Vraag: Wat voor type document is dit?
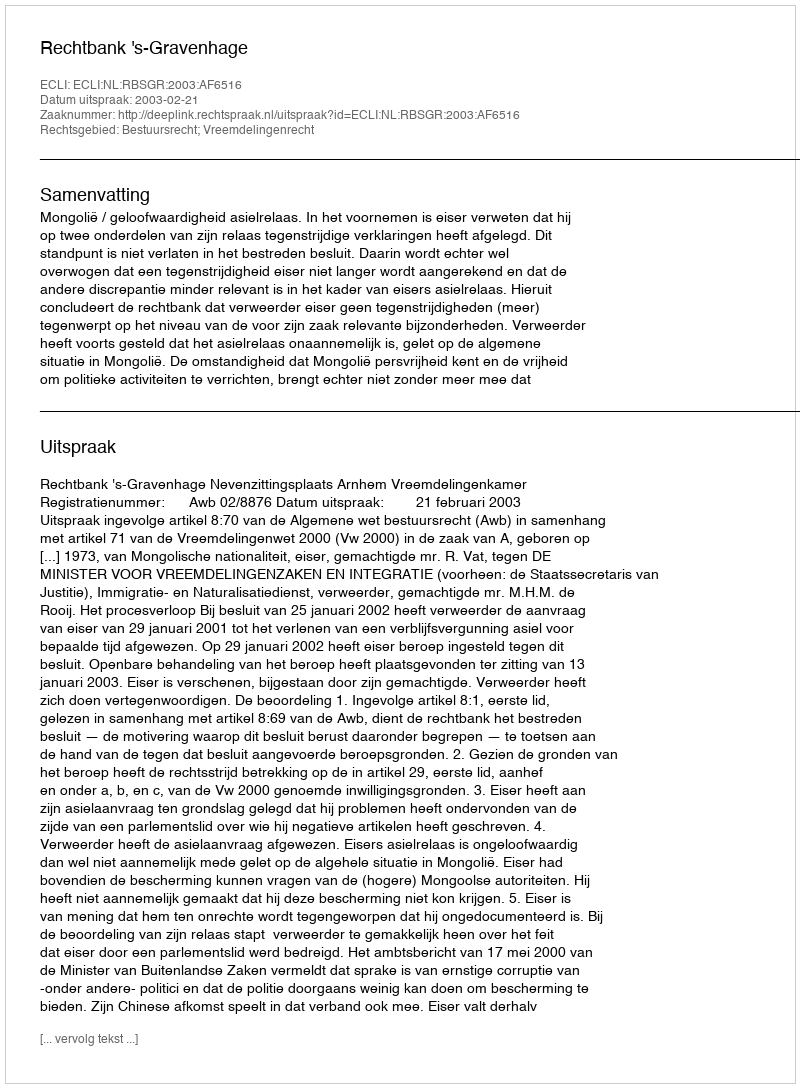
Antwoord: Uitspraak